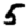
Digit: 5